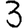
Digit: 3